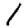
Digit: 1